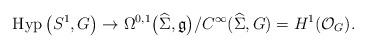
LaTeX: \begin{gather*}\operatorname{Hyp}\big(S^1,G\big)\to\Omega^{0,1}\big(\widehat{\Sigma} ,\mathfrak g\big)/C^{\infty}(\widehat{\Sigma}, G)=H^1(\mathcal O_G).\end{gather*}